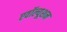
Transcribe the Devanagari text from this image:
एवॉल्यूशन